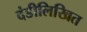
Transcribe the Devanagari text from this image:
दंडीलिखित